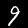
Digit: 9